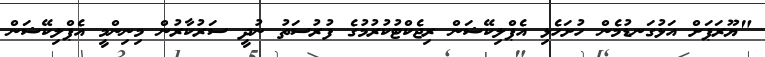
"ޔޫރަޕަށް އަޅުގަނޑުމެން ހުށަހެޅި އެޕްލިކޭޝަން ރިޖެކްޓުކުރުމުގެ ފުރުސަތު ނުދީ ސަރުކާރުން މިނިންމީ އެޕްލިކޭޝަން